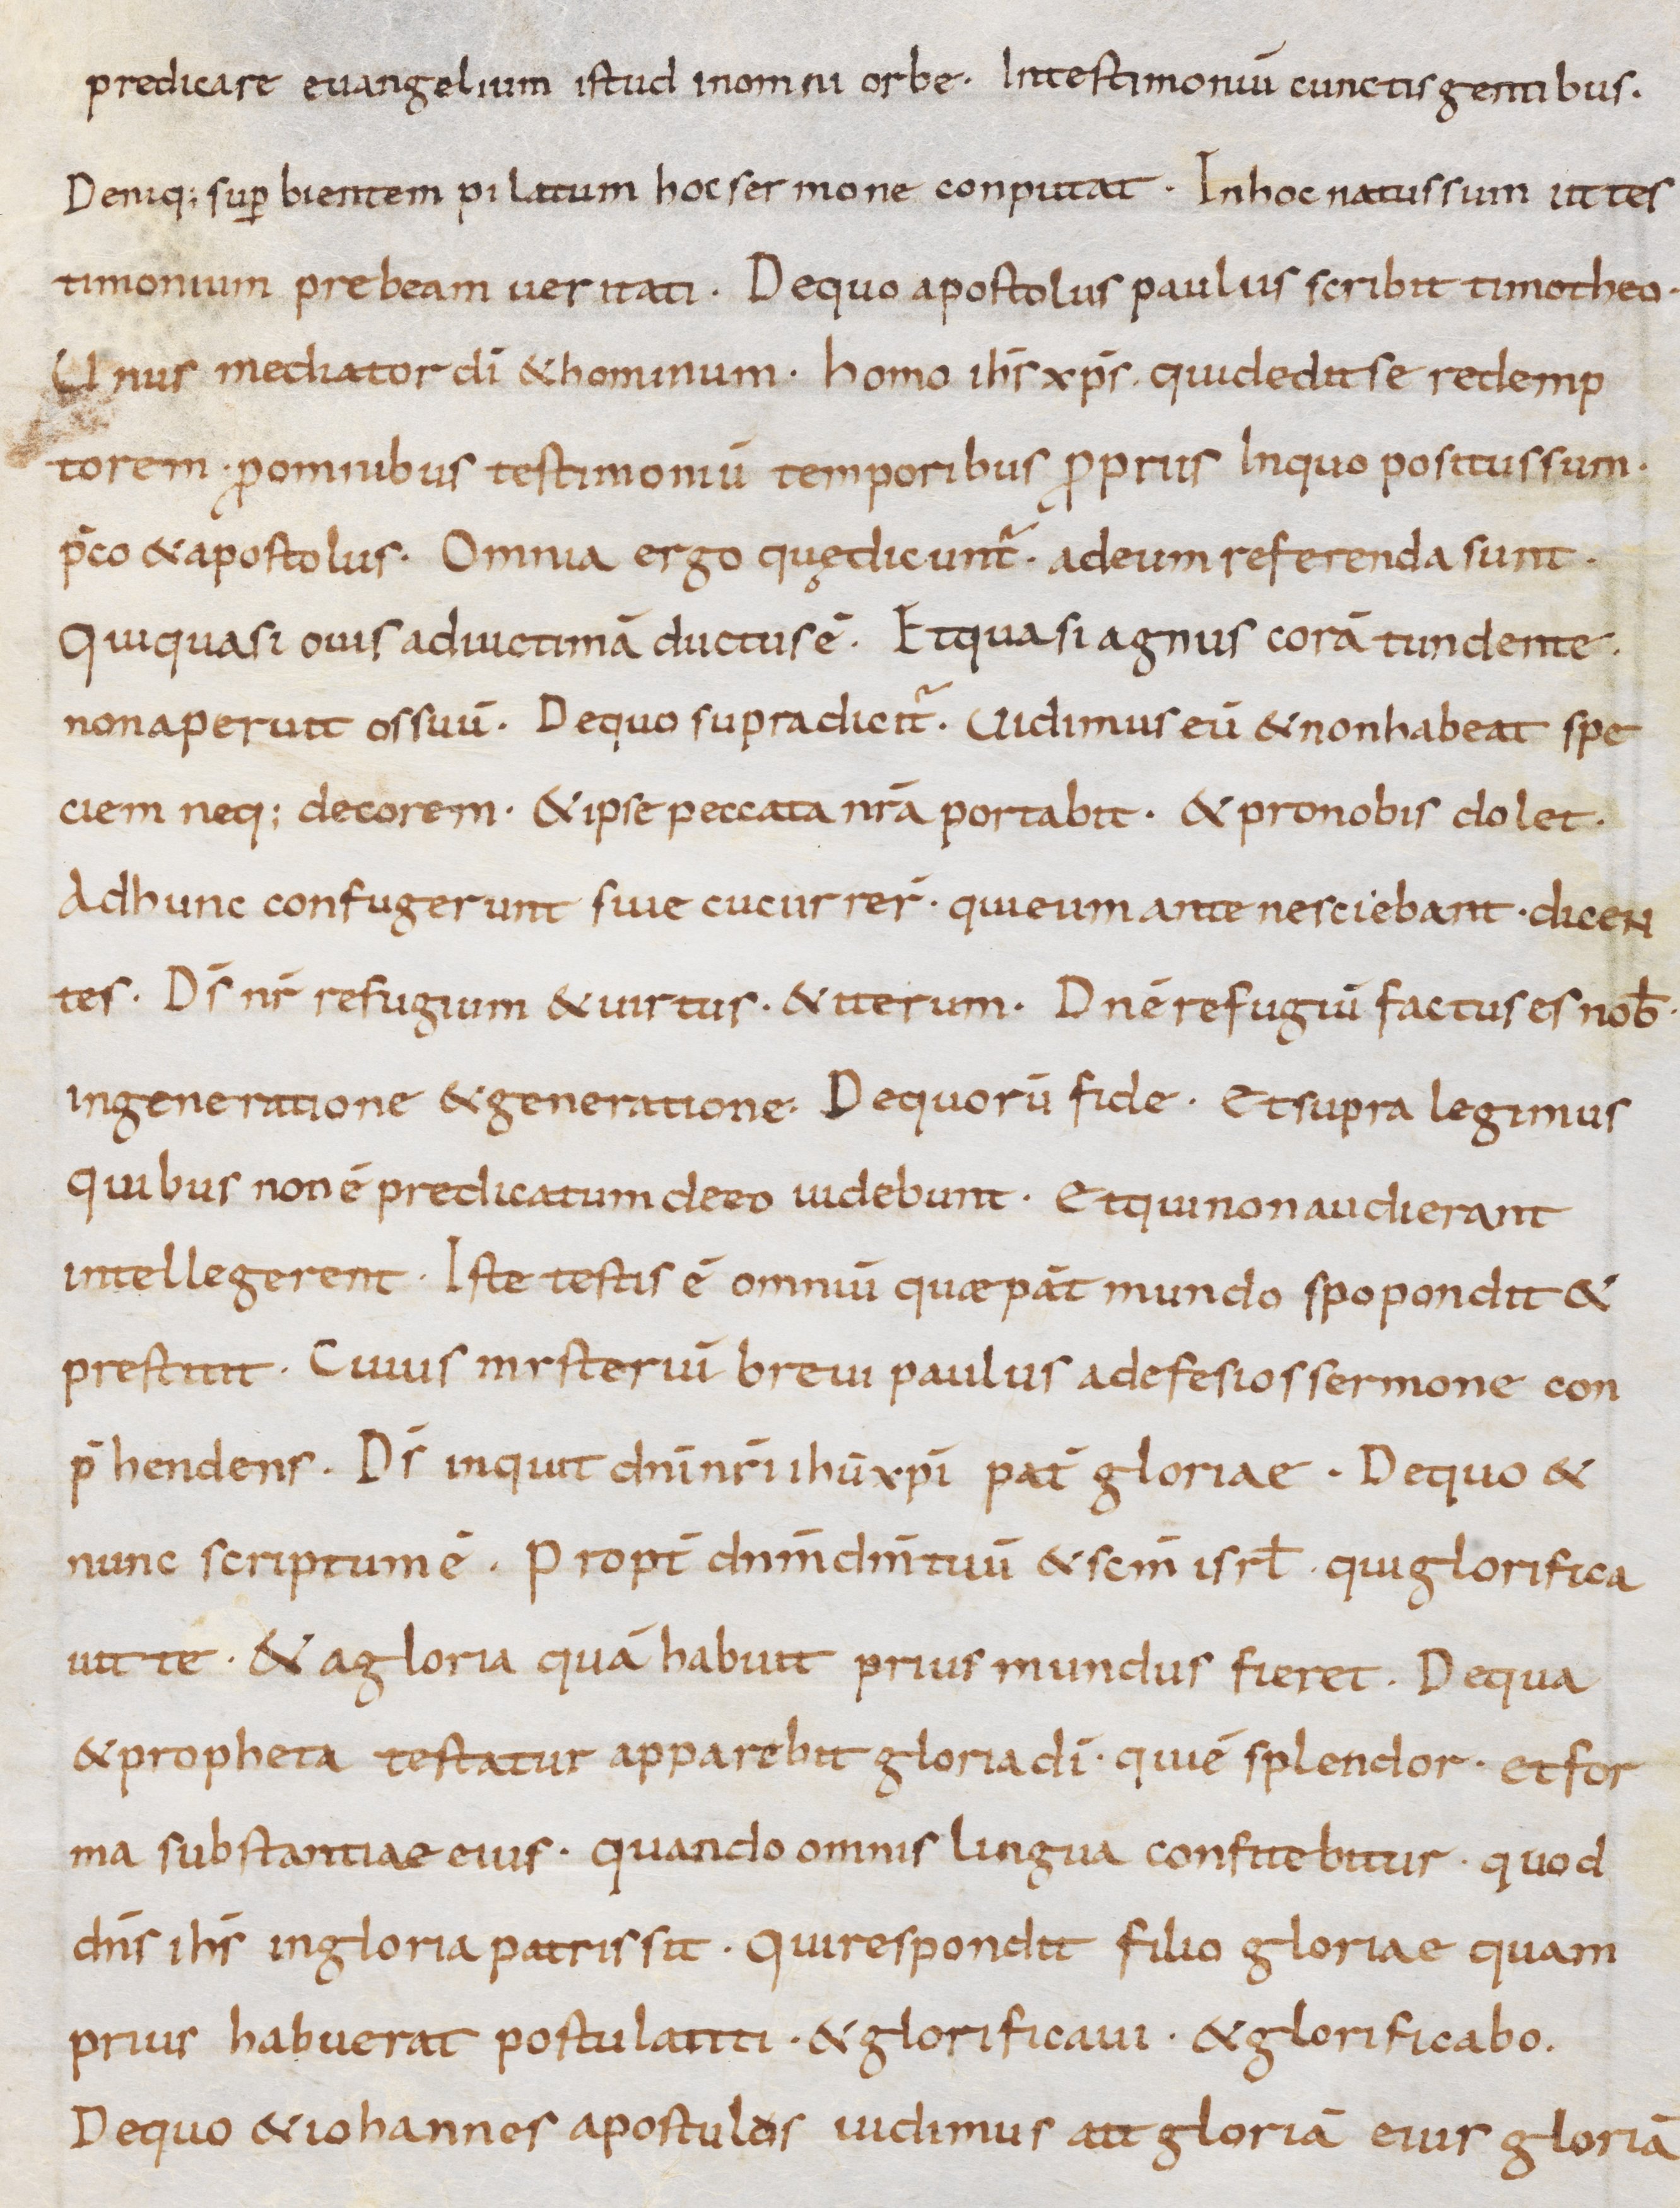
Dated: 800–899